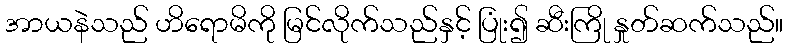
အာယနဲသည် ဟိရောမိကို မြင်လိုက်သည်နှင့် ပြုံး၍ ဆီးကြို နှုတ်ဆက်သည်။